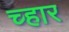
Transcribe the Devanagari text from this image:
च्हार